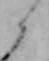
と